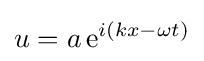
u=a\,\mathrm {e} ^{i(kx-\omega t)}